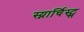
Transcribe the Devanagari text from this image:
स्य्नार्चिस्ट्स